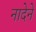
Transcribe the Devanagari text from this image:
नादेने